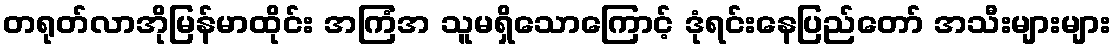
တရုတ်လာအိုမြန်မာထိုင်း အကြံအ သူမရှိသောကြောင့် ဒုံရင်းနေပြည်တော် အသီးများများ